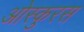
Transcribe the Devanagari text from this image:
ओस्कुरस